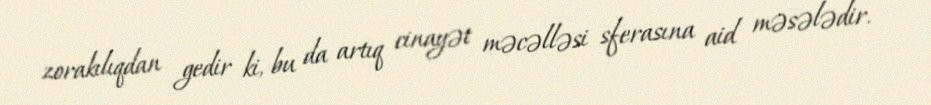
zorakılıqdan gedir ki, bu da artıq cinayət məcəlləsi sferasına aid məsələdir.